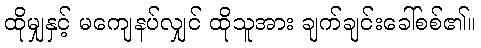
ထိုမျှနှင့် မကျေနပ်လျှင် ထိုသူအား ချက်ချင်းခေါ်စစ်၏။